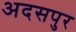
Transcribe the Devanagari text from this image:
अदसपुर